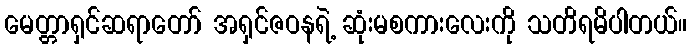
မေတ္တာရှင်ဆရာတော် အရှင်ဇဝနရဲ့ ဆုံးမစကားလေးကို သတိရမိပါတယ်။